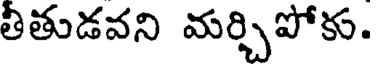
తీతుడవని మర్చిపోకు.